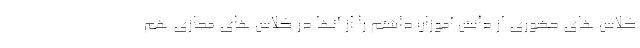
کلاس های حضوری از دانش آموزان داشتم را از آنها در کلاس های مجازی هم